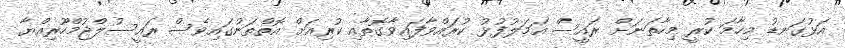
އަޅުގަނޑު މިހާމަ ކުރީ މިހާތަނަށް ރައީސް އަމަލުފުޅު ކުރައްވާފައިވާގޮތާއި ކުރިއަށް އޮތްތަނުގައިވެސް ރައީސުލްޖުމްހޫރިއްޔާ